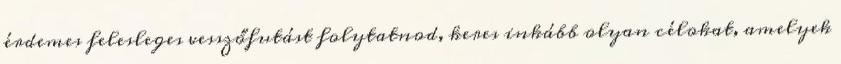
érdemes felesleges vesszőfutást folytatnod, keres inkább olyan célokat, amelyek